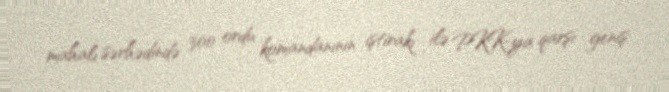
mahalı sərhədində 300 ordu komandanının iştirakı ilə PKK-ya qarşı geniş